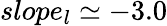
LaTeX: slope_{l}\simeq-3.0